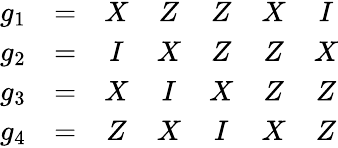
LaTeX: \begin{array}{ccccccc}{g_{1}}&{=}&{X}&{Z}&{Z}&{X}&{I}\\ {g_{2}}&{=}&{I}&{X}&{Z}&{Z}&{X}\\ {g_{3}}&{=}&{X}&{I}&{X}&{Z}&{Z}\\ {g_{4}}&{=}&{Z}&{X}&{I}&{X}&{Z}\end{array}